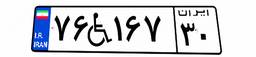
۷۶W۱۶۷۳۰